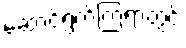
ဆောင်ရွက်ကြရာတွင်